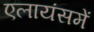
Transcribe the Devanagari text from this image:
एलायंसमें